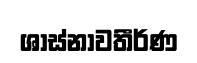
ශාස්නාවතීර්ණ